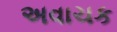
અવાચક